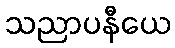
သညာပနီယေ